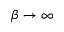
\beta \to \infty